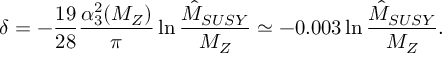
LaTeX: \delta = - \frac { 1 9 } { 2 8 } \frac { \alpha _ { 3 } ^ { 2 } ( M _ { Z } ) } { \pi } \ln \frac { \hat { M } _ { S U S Y } } { M _ { Z } } \simeq - 0 . 0 0 3 \ln \frac { \hat { M } _ { S U S Y } } { M _ { Z } } .